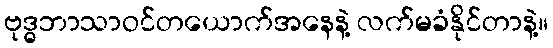
ဗုဒ္ဓဘာသာဝင်တယောက်အနေနဲ့ လက်မခံနိုင်တာနဲ့။